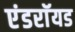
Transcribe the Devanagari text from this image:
एंडराॅयड